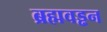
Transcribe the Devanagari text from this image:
ब्रह्मवड्ढन